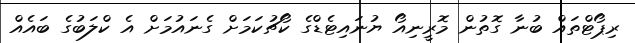
ރިޕޯޓްތައް ބުނާ ގޮތުން މޮރީނިއޯ ޔުނައިޓެޑްގެ ކޯޗުކަމަށް ގެނައުމަށް އެ ކްލަބުގެ ބައެއް